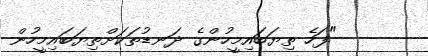
"ފަހެ ތިޔަބައިމީހުންގެ ދަނޑުތަކަށްތިޔަބައިމީހުން